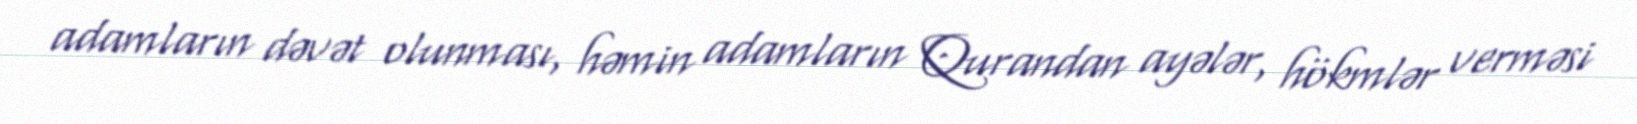
adamların dəvət olunması, həmin adamların Qurandan ayələr, hökmlər verməsi